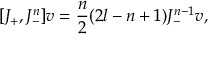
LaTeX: [ J _ { + } , J _ { - } ^ { n } ] v = { \frac { n } { 2 } } ( 2 l - n + 1 ) J _ { - } ^ { n - 1 } v ,